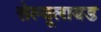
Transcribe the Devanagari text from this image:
सेल्यूलायड